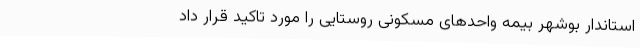
استاندار بوشهر بیمه واحدهای مسکونی روستایی را مورد تاکید قرار داد